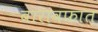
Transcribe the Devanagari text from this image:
बारावफात